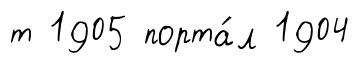
т 1905 порта́л 1904